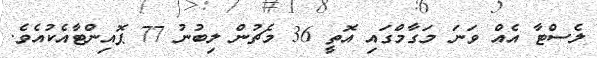
ލެސްޓާ އެއް ވަނަ މަގާމްގައި އޮތީ 36 މެޗުން ލިބުނު 77 ޕޮއިންޓާއެކުއެވެ.